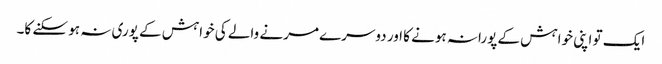
ایک تو اپنی خواہش کے پورانہ ہونے کا اور دوسرے مرنے والے کی خواہش کے پوری نہ ہو سکنے کا۔